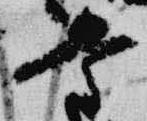
量